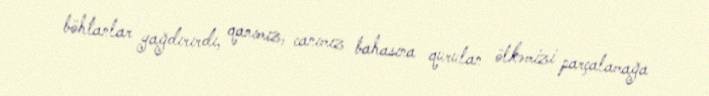
böhtanlar yağdırırdı, qanımız, canımız bahasına qurulan ölkəmizi parçalamağa